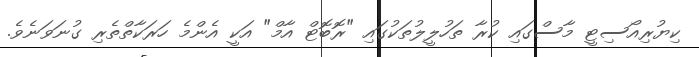
ކިޔުރިއޯސިޓީ މާސްގައި ކުރާ ތަހުލީލުތަކުގައި "ރޮބޮޓް އާމް" އަކީ އެންމެ ހަރަކާތްތެރި ގުނަވަނެވެ.